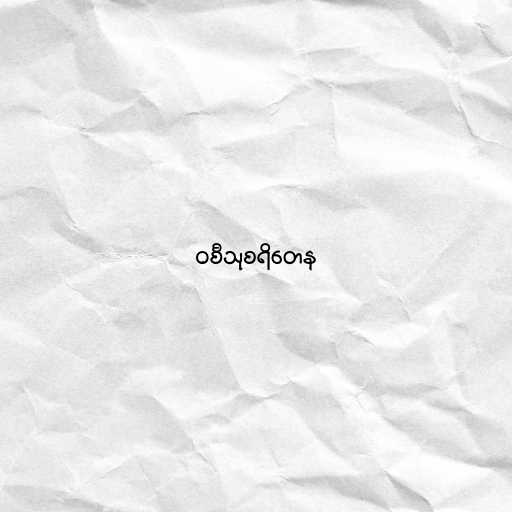
ဝစီသုစရိတေန